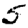
Digit: 5